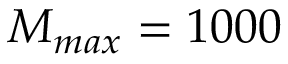
M _ { m a x } = 1 0 0 0